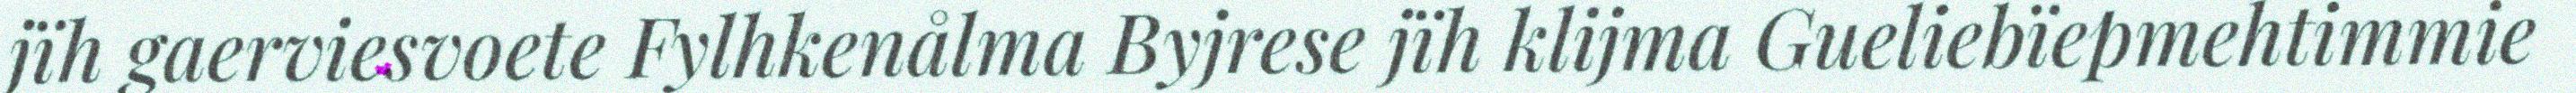
jïh gaerviesvoete Fylhkenålma Byjrese jïh klijma Gueliebïepmehtimmie